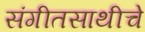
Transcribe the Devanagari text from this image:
संगीतसाथीचे